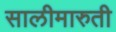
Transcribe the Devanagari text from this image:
सालीमारुती